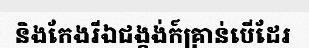
និងកែងរីឯជង្គង់ក៍គ្រាន់បើដែរ